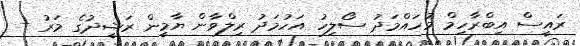
ރައީސް އިބްރާހިމް މުހައްމަދު ސޯލިހު އަހުމަދު ރިލްވާން ޔާމީން ރަޝީދުގެ މަރު +